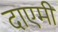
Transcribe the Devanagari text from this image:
दाएमी